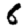
Digit: 6